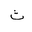
Letter: _tha